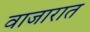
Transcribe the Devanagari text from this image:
वाजारात